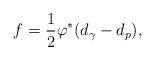
LaTeX: \begin{align*} f = \frac{1}{2} \varphi^* (d_{\gamma} - d_{p}),\end{align*}